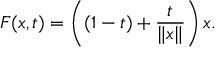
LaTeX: F ( x , t ) = \left( ( 1 - t ) + { \frac { t } { \| x \| } } \right) x .